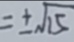
x = \pm \sqrt { 1 5 }